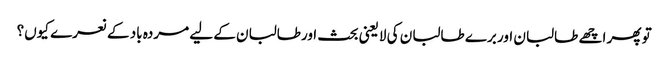
تو پھر اچھے طالبان اور برے طالبان کی لایعنی بحث اورطالبان کے لیے مردہ باد کے نعرے کیوں؟